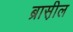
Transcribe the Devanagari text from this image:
ब्रास़ील